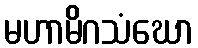
မဟာမိဂသံဃော